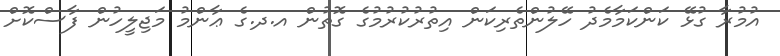
އުމުރާ ގުޅޭ ކަންކަމާމެދު ހޭލުންތެރިކަން އިތުރުކުރުމުގެ ގޮތުން އ.ދ.ގެ ޢާންމު މަޖިލީހުން ފާސްކޮށް